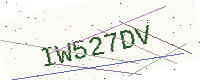
Text: IW527DV